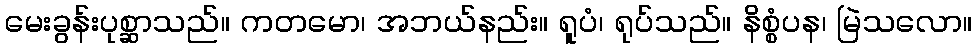
မေးခွန်းပုစ္ဆာသည်။ ကတမော၊ အဘယ်နည်း။ ရူပံ၊ ရုပ်သည်။ နိစ္စံပန၊ မြဲသလော။